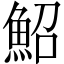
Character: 鮉